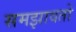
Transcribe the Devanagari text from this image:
समझावतो